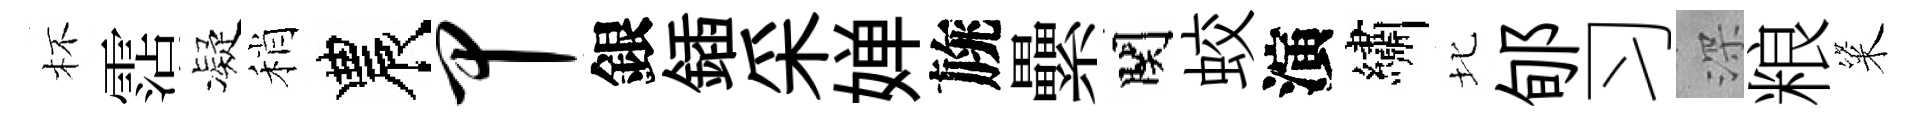
杯霑凝稍農甲銀鍤采婵旐纍関蛟演繡北郇习深粮粢